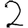
Digit: 2